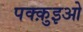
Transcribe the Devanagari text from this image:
पक्क़ुइओ